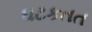
ઘટકતત